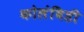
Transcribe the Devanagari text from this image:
कोलंबिडी